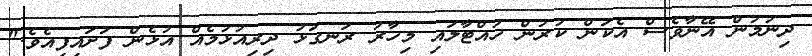
ދިނުމުން އޭނާވެސް އެކަން ކުރުން ހުއްޓާލައި މިހާރު ރަނގަޅު ދިރިއުޅުމެއް އުޅެން ފަށައިފިއެވެ."